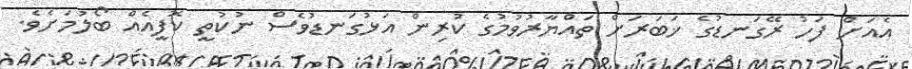
އެއަށް ފަހު ރޭގަނޑުގެ ޚަބަރަށް ތައްޔާރުވުމުގެ ކުރިން އަޅުގަނޑުވެސް ނުކުތީ ކޮފީއެއް ބޯލުމަށެވެ.